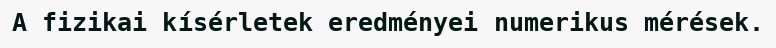
A fizikai kísérletek eredményei numerikus mérések.